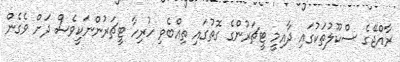
ރާއްޖޭގެ ސްކޫލުތަކުގައި ދާއިމީ ޓީޗަރުންގެ ގޮތުގައި ތިއްބެވި ހުރިހާ ޓީޗަރުންނަކީވެސް ދަށް ވެގެން